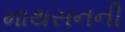
માથસનની